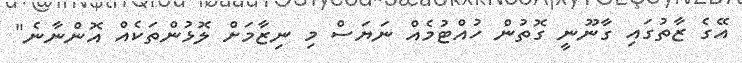
އޭގެ ޒާތުގައި ގާނޫނީ ގޮތުން ހުއްޓުމެއް ނަޔަސް މި ނިޒާމަށް ލޮޅުންތަކެއް އޮންނާނެ"